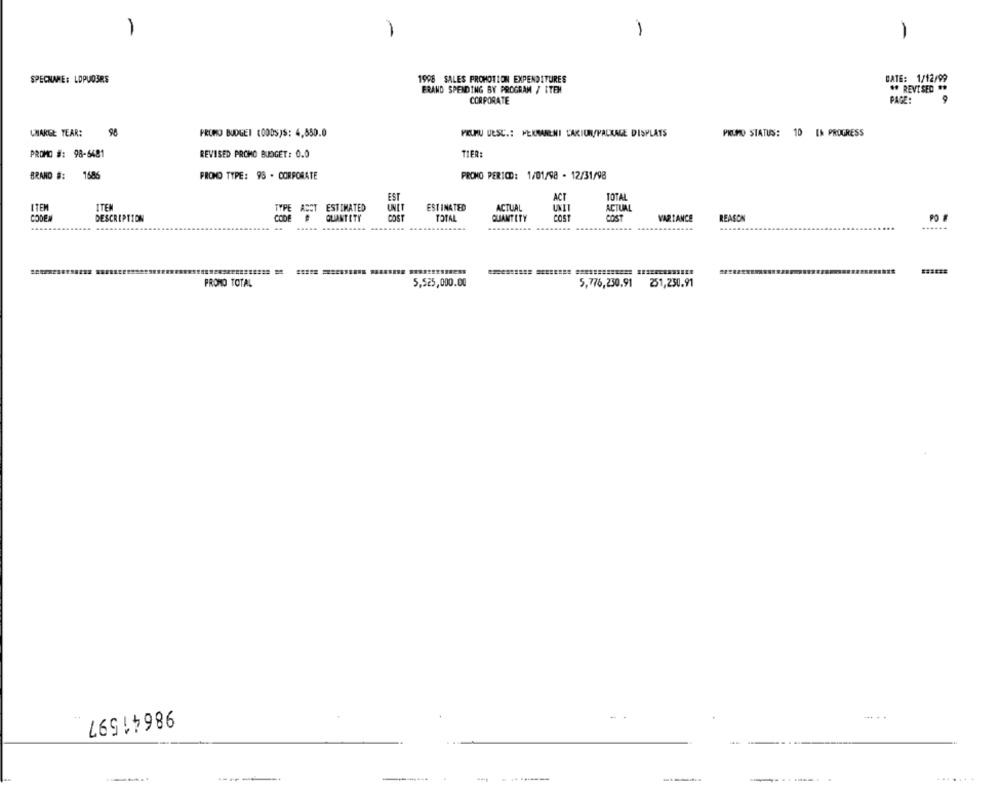
1
1
SPECNAME: LOPUOSRS
1998 SALES PROMOTION EXPENDITURES
DATE: 1/12/99
** REVISED **
ERAND SPENDING BY PROGRAM / ITEM
CORPORATE
PAGE:
9
CHARGE YEAR:
98
PROMO BUDGET (0ODS)S: 4,850.0
PEUMU DESC .: PEKMANENI LAKIUN/PACKAGE DISPLATS
PRUMO STATUS: 10 IN PROGRESS
PROMO #: 98-6481
REVISED PROMO BUDGET: 0.0
TIER:
1586
PROMO TYPE: 93 - CORPORATE
PROMO PERICD: 1/01/98 - 12/31/98
BRAND #:
EST
TOTAL
ITEM
ITEN
ESTIMATED
EST INATED
ACTUAL
ACT
TYPE ACHT
UNIT
ACTUAL
DESCRIPTION
CODE
QUANTITY
COST
TOTAL
QUANTITY
COST
COST
VARIANCE
REASON
PO #
...
PROMO TOTAL
5,525,000.00
5,776,230.91 251,250.91
98641597
-
... ..
--
----.